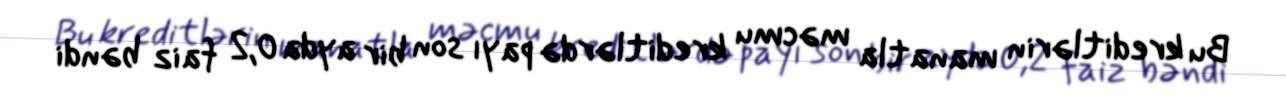
Bu kreditlərin manatla məcmu kreditlərdə payı son bir ayda 0,2 faiz bəndi